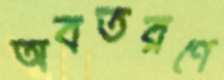
অবতরণে